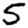
Digit: 5